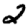
Digit: 2